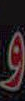
و